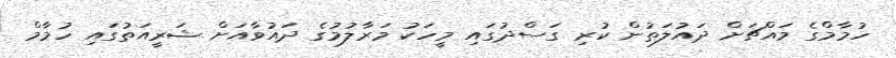
ހުމާމްގެ މައްޗަށް ދައުލަތުން ކުރި ގަސްދުގައި މީހަކު މަރާލުމުގެ ދައުވާއަށް ޝަރީއަތުގައި ހުމާމް